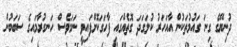
ދުނިޔޭގެ ގިނަ ގައުމުތަކުން އާއަހަރު ކުލަގަދަ ގޮތެއްގައި ފާހަގަކޮށްފައިވީ ނަމަވެސް ހަނގުރާމައިގެ ސަބަބުން